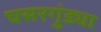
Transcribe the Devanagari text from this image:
घसरगुंड्या